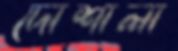
দোশালা